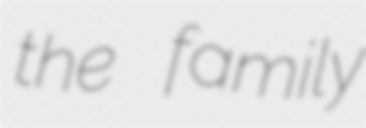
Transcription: the family